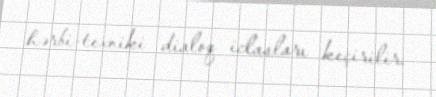
hərbi-texniki dialoq iclasları keçirilir.